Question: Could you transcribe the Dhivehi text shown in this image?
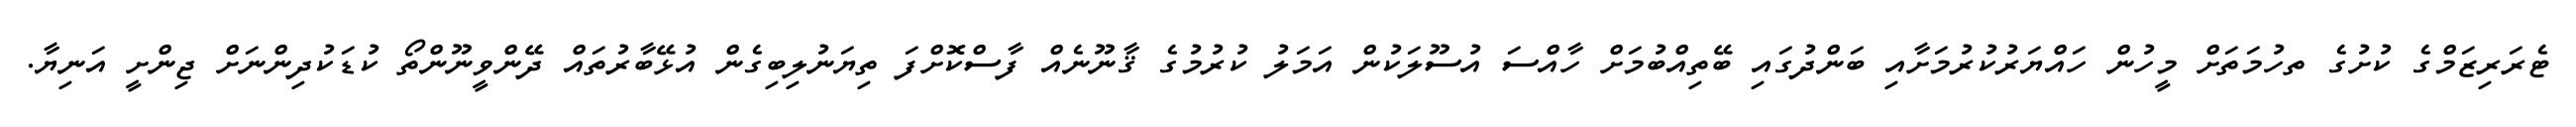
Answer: ޓެރަރިޒަމްގެ ކުށުގެ ތހުމަތަށް މީހުން ހައްޔަރުކުރުމަށާއި ބަންދުގައި ބޭތިއްބުމަށް ހާއްސަ އުސޫލަކުން އަމަލު ކުރުމުގެ ޤާނޫނެއް ފާސްކޮށްފަ ތިޔަނުލިބިގެން އުޅޭބާރުތައް ދޭންވީނޫންތޯ ކުޑަކުދިންނަށް ޖިންށީ އަނިޔާ.